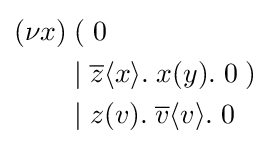
{\begin{aligned}(\nu x)&\;(\;0\\&\;|\;{\overline {z}}\langle x\rangle .\;x(y).\;0\;)\\&\;|\;z(v).\;{\overline {v}}\langle v\rangle .\;0\end{aligned}}